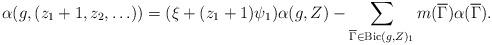
LaTeX: \begin{align*} \alpha(g,(z_1+1,z_2,\ldots))=(\xi+(z_1+1)\psi_1)\alpha(g,Z) - \sum_{\overline{\Gamma}\in {\rm Bic}({g},{Z})_1} m(\overline{\Gamma}) \alpha(\overline{\Gamma}). \end{align*}